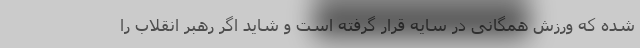
شده که ورزش همگانی در سایه قرار گرفته است و شاید اگر رهبر انقلاب را